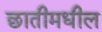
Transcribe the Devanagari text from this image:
छातीमधील